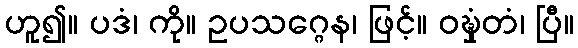
ဟူ၍။ ပဒံ၊ ကို။ ဥပသဂ္ဂေန၊ ဖြင့်။ ဝဍ္ဎှံတံ၊ ပြီ။